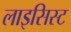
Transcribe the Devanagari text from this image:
लाइसिस्ट